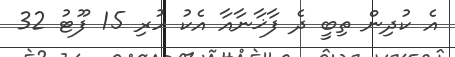
އެ ކުދިން ތިބީ ދެ ފާޚާނާއާ އެކު ހުރި 15 ފޫޓު 32